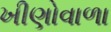
ખીણોવાળા